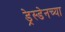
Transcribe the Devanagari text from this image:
ड्रेस्डेनच्या